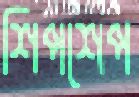
শিপশেপ